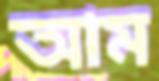
আম